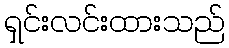
ရှင်းလင်းထားသည်